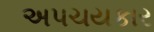
અપચયકાર